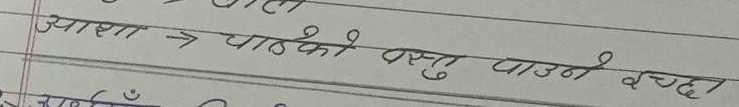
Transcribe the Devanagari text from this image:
आशा -> चाहेको वस्तु पाउने इच्छा